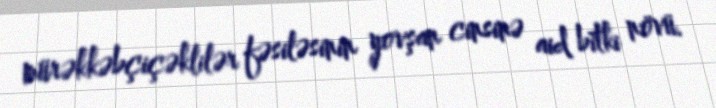
mürəkkəbçiçəklilər fəsiləsinin yovşan cinsinə aid bitki növü.